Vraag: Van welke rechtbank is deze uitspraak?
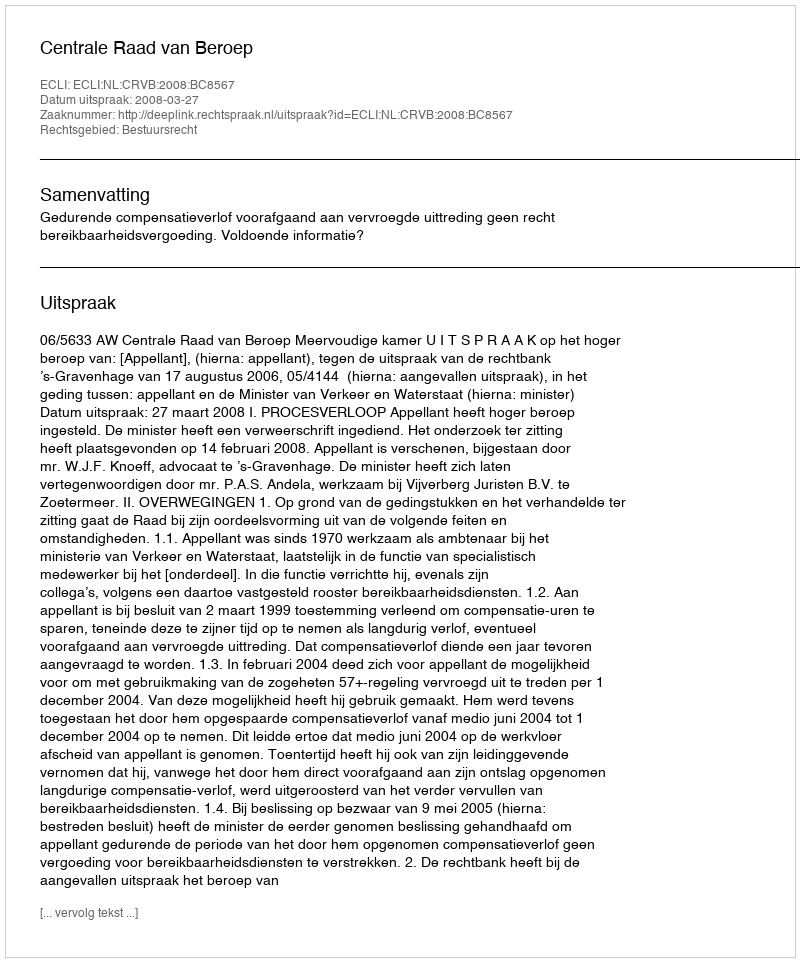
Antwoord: Centrale Raad van Beroep